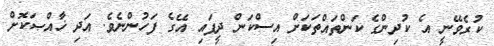
ކުރެވޭނީ އެ ކުދިންގެ ކަންތައްތަކަށް އިސްކަން ދީފައި އޭގެ ފަހުންނެވެ. އަދި ޚާއްޞަކޮށް